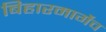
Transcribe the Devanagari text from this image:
बिहारमार्गेच